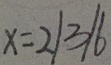
x = 2 / 3 / 6